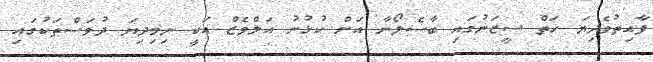
ފާއިތުވެދިޔަ ހަތް ސީޒަނުގައި ބާސެލޯނާ އަށް ކުޅުނު އަލްވެޒް އަކީ ނިމިދިޔަ ދުވަސްތަކުގައި